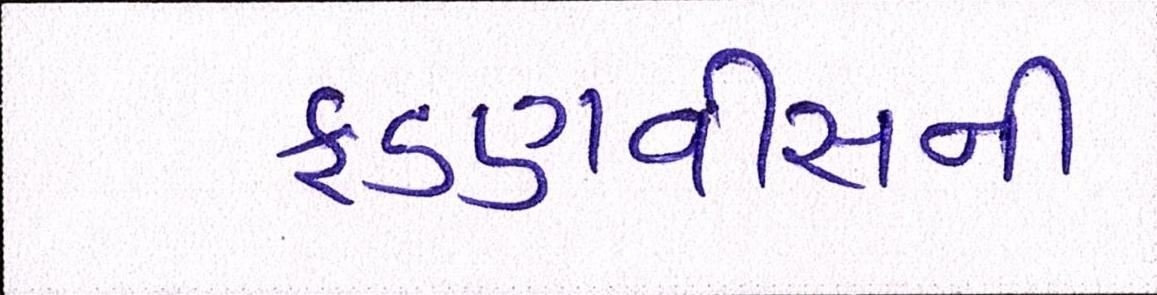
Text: ફડણવીસની